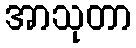
အာသုတာ